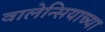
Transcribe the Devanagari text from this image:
वालेन्सियाच्या